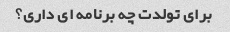
برای تولدت چه برنامه ای داری؟